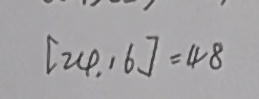
[ 2 4 , 1 6 ] = 4 8